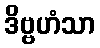
ဒိဗ္ဗဟံသာ